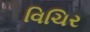
વિચિર